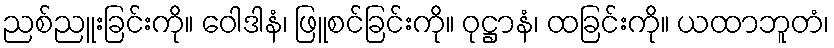
ညစ်ညူးခြင်းကို။ ဝေါဒါနံ၊ ဖြူစင်ခြင်းကို။ ဝုဋ္ဌာနံ၊ ထခြင်းကို။ ယထာဘူတံ၊